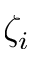
\zeta _ { i }